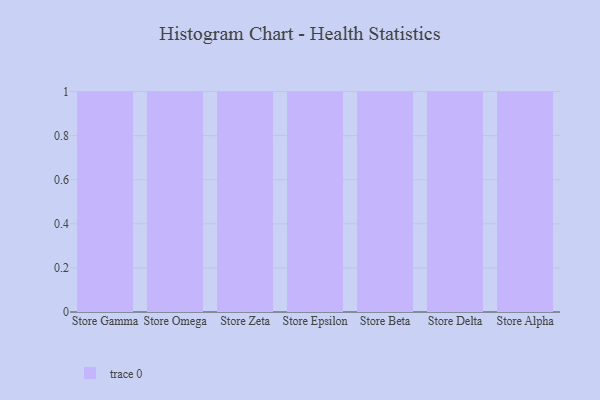
{"axis": {"x": "Store", "y": "Production Output"}, "legend": [""], "data": [{"x": "Store Gamma", "y": 49, "type": ""}, {"x": "Store Omega", "y": 77, "type": ""}, {"x": "Store Zeta", "y": 28, "type": ""}, {"x": "Store Epsilon", "y": 94, "type": ""}, {"x": "Store Beta", "y": 82, "type": ""}, {"x": "Store Delta", "y": 42, "type": ""}, {"x": "Store Alpha", "y": 84, "type": ""}]}